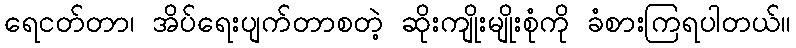
ရေငတ်တာ၊ အိပ်ရေးပျက်တာစတဲ့ ဆိုးကျိုးမျိုးစုံကို ခံစားကြရပါတယ်။